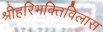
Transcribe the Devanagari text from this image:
श्रीहरिभक्तिविलास